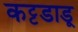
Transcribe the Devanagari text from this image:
कट्टडाडू